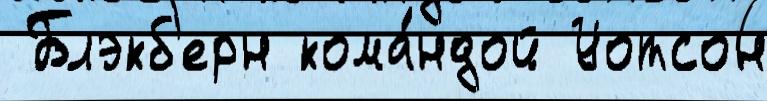
 Блэкб'ерн кома́ндой Уотсон